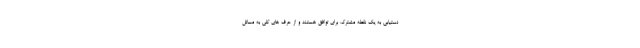
دستیابی به یک نقطه مشترک برای توافق هستند و از حرف های کلی به مسائل